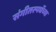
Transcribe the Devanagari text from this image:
संगीतस्पर्धेच्या